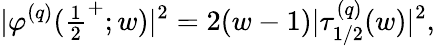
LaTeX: |\varphi^{(q)}({\textstyle{\frac{1}{2}}}^{+};w)|^{2}=2(w-1)|\tau_{1/2}^{(q)}(w)|^{2},